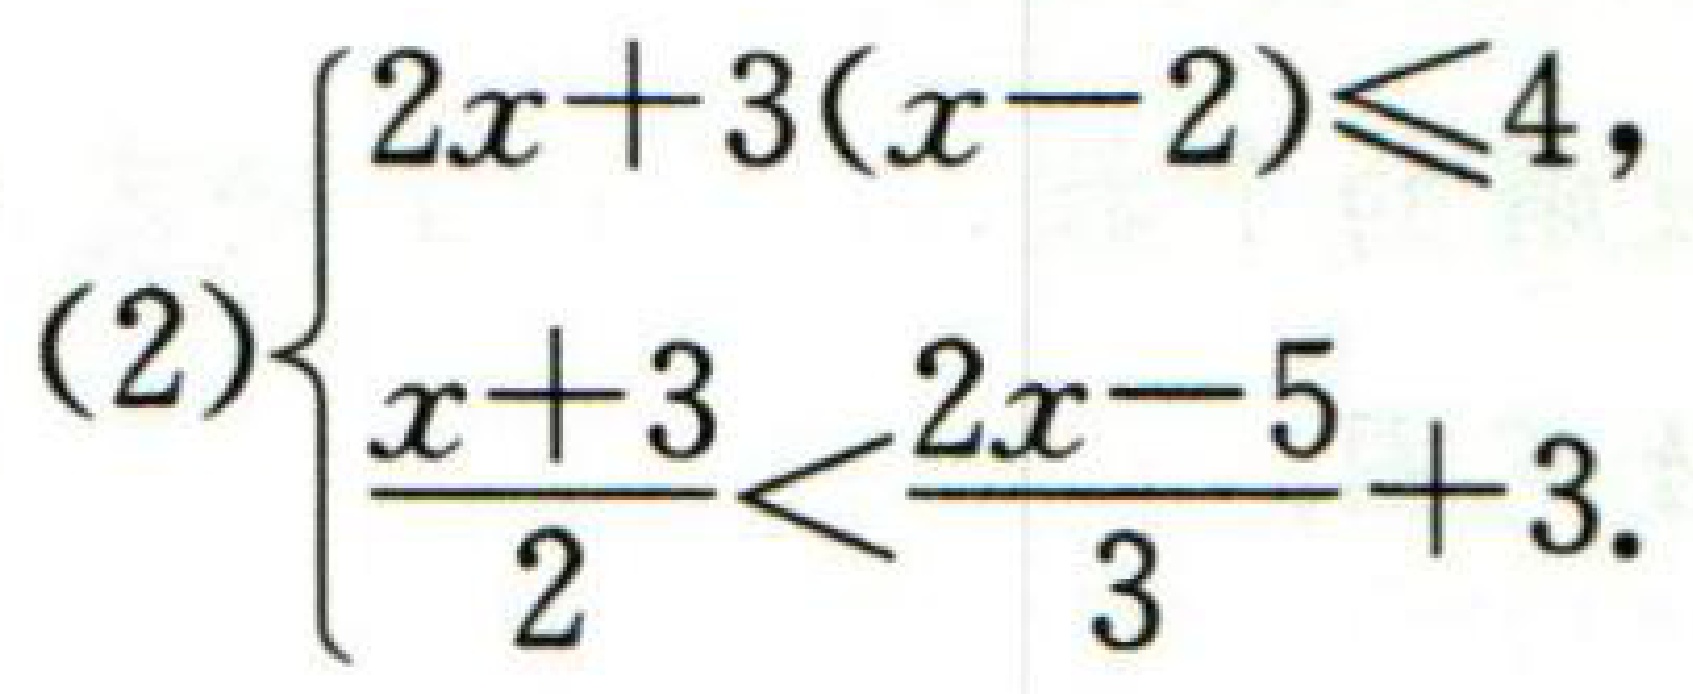
(2)$\begin{cases}2x + 3(x - 2)\leq4,\\\frac{x + 3}{2}<\frac{2x - 5}{3}+3.\end{cases}$